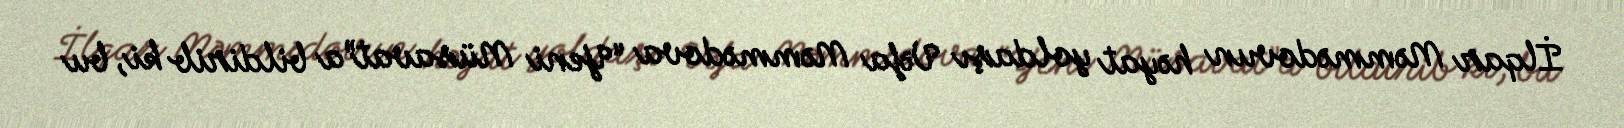
İlqar Məmmədovun həyat yoldaşı Vəfa Məmmədova “Yeni Müsavat”a bildirib ki, bu